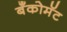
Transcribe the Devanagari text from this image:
बँकोमॅट